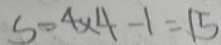
S = 4 \times 4 - 1 = 1 5